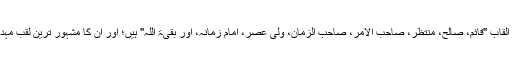
ان کے القاب "قائم، صالح، منتظَر، صاحب الامر، صاحب الزمان، ولی عصر، امام زمانہ، اور بقیۃ اللہ" ہیں؛ اور ان کا مشہور ترین لقب مہدی ہے۔